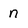
Character: n